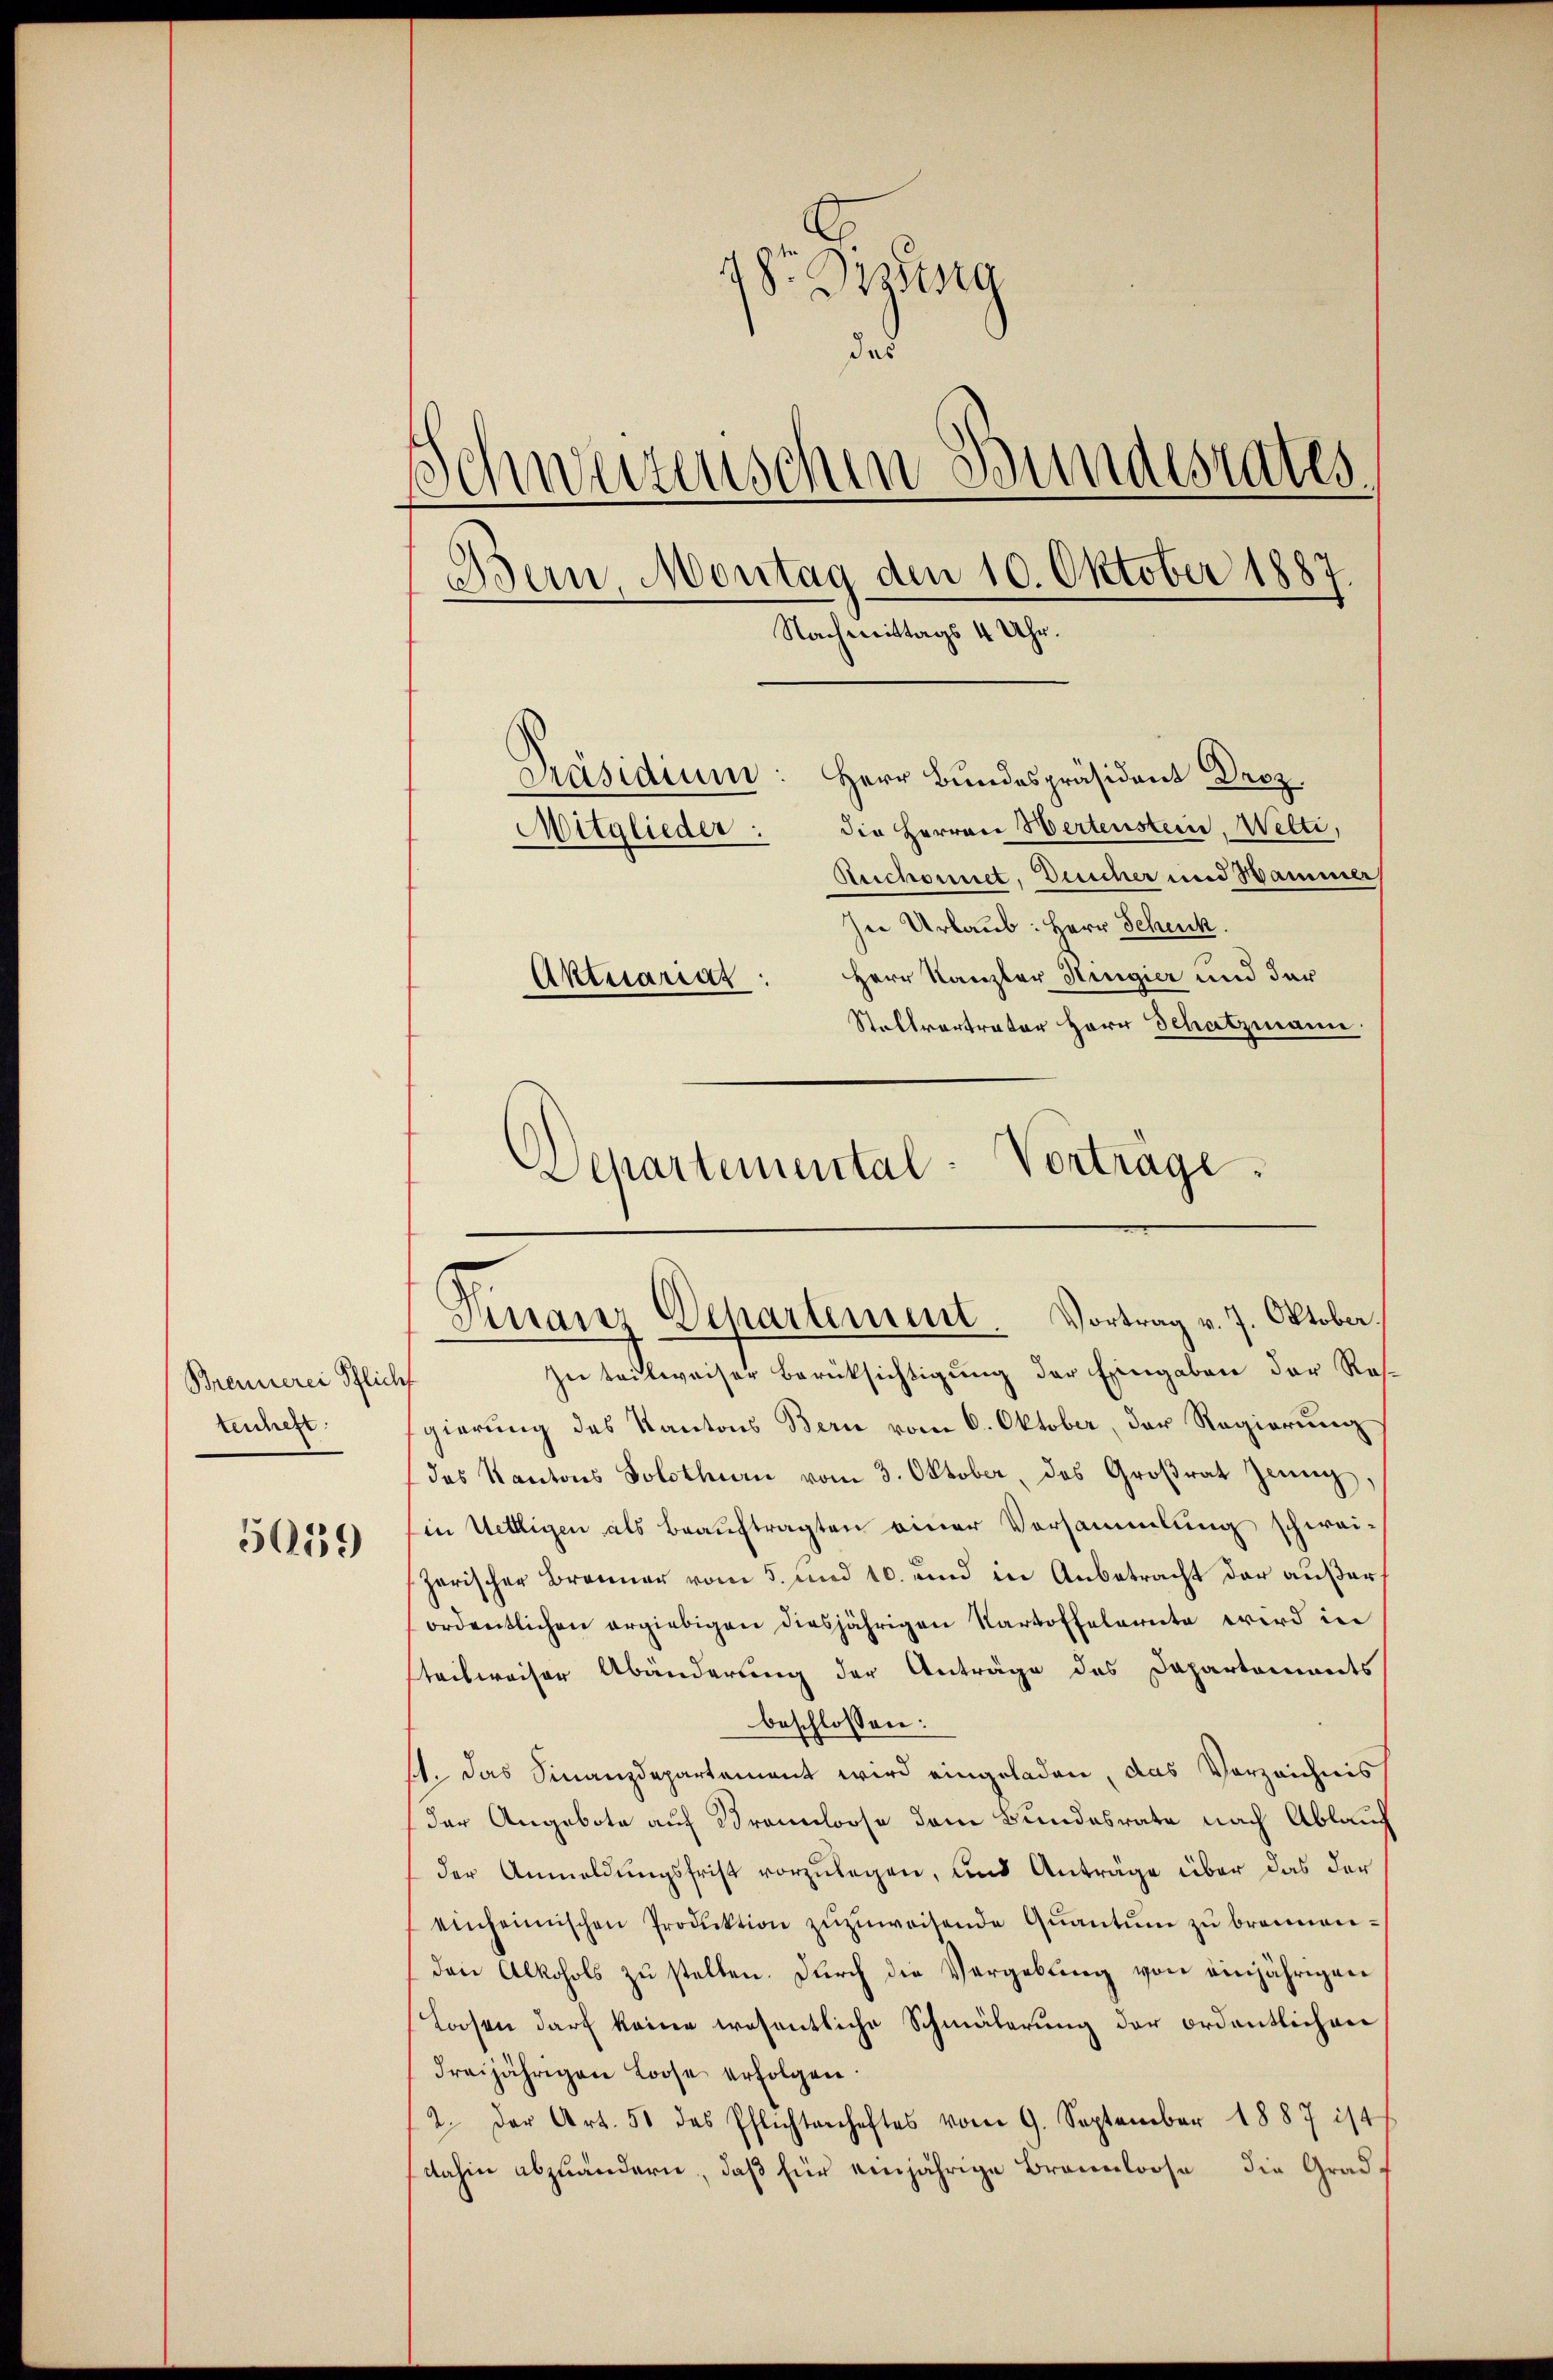
Brennerei Pflicht
keichert.
5059

48r Bezug
d
Schwerzenschen Bundesrates.
Bern, Montag den 10. Oktober 1887
Nachmittags 4 Uhr.
Präsidium: Herr Bundespräsident Droz.
Mitglieder: die Herren Wertenstein, Welti,
Reichonnet, Deicher und Hammer
In Urlaub: Herr Schick.
Herr Kanzler Hingier und der
Aktuariaz:
Stellvertrator Herr Schatzmann

Dehartemental-Vorträge.

Fuarer Departement. Vortrag v. 7. Oktober.

Zu teilweiser Berücksichtigung der Eingaben der Res-
gierung des Kantons Bern vom 6. Oktober, der Regierung
das Kantons Solothurn vom 3. Oktober, das Groβrat Zeung,
in Wettigen als Beauftragten einer Vorsammlung schwei-
zerischer Brenner vom 5. und 10. und in Anbetracht der außer
ordentlichen ergiebigen diesjährigen Kartoffelernte wird in
teilweiser Abänderung der Anträge des Dapartements
beschlossen:
14. Das Finanzdepartement wird eingeladen, das Vorzeichnis
der Angebote auf Brennloose dem Bundesrate nach Ablauch
der Anmeldungsfrist vorzulegen, und Anträge über das der
einheimischen Produktion zŭzŭweisende Qŭantŭm zŭ brennen.
den Alkohols zŭ stellen. Durch die Vergebung von einjährigen
Loosen darf keine wesentliche Schmälerung der ordentlichen
dreijährigen Loose erfolgen.
2. der Art. 51 das Pflichtenhaftes vom 9. September 1887 ist
dahin abzuändern, daß für einjährige Braunloose die Grad¬